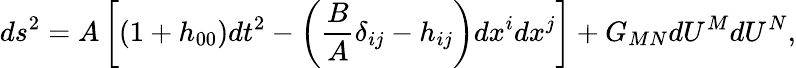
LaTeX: ds^{2}=A\left[(1+h_{00})dt^{2}-\left(\frac{B}{A}\delta_{ij}-h_{ij}\right)dx^{i}dx^{j}\right]+G_{MN}dU^{M}dU^{N},